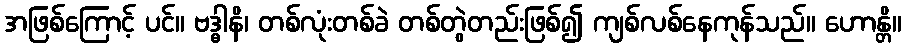
အဖြစ်ကြောင့် ပင်။ ဗဒ္ဓါနိ၊ တစ်လုံးတစ်ခဲ တစ်တွဲတည်းဖြစ်၍ ကျစ်လစ်နေကုန်သည်။ ဟောန္တိ။